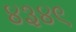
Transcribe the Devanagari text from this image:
४३४९